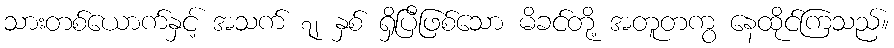
သားတစ်ယောက်နှင့် အသက် ၇၂ နှစ် ရှိပြီဖြစ်သော မိခင်တို့ အတူတကွ နေထိုင်ကြသည်။